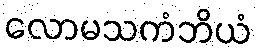
လောမသကံဘိယံ